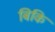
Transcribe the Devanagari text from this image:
बिकि